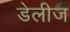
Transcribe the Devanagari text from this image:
डेलीज